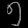
Digit: ၅